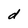
Character: d